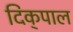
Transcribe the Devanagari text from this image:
दिक्‌पाल